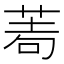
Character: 𦰶